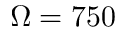
\Omega = 7 5 0